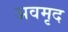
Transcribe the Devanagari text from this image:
अवमृद